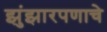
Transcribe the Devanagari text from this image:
झुंझारपणाचे